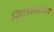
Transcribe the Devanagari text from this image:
सिंदोळ्याच्या